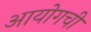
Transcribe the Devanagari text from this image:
आयोगची